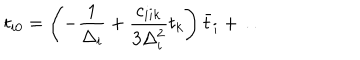
LaTeX: t _ { i 0 } = \left( - { \frac { 1 } { \Delta _ { i } } } + { \frac { c _ { i i k } } { 3 \Delta _ { i } ^ { 2 } } } t _ { k } \right) \bar { t } _ { i } + \dots